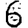
Digit: 6